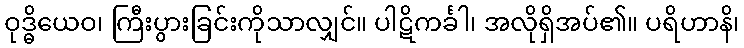
ဝုဒ္ဓိယေဝ၊ ကြီးပွားခြင်းကိုသာလျှင်။ ပါဋိကင်္ခါ၊ အလိုရှိအပ်၏။ ပရိဟာနိ၊